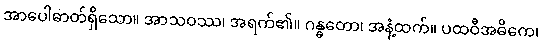
အာပေါဓာတ်ရှိသော။ အာသဝဿ၊ အရက်၏။ ဂန္ဓတော၊ အနံ့ထက်။ ပထဝီအဓိကေ၊